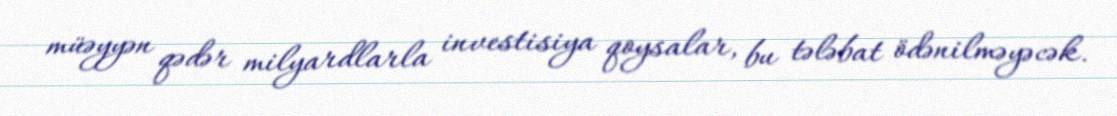
müəyyən qədər milyardlarla investisiya qoysalar, bu tələbat ödənilməyəcək.